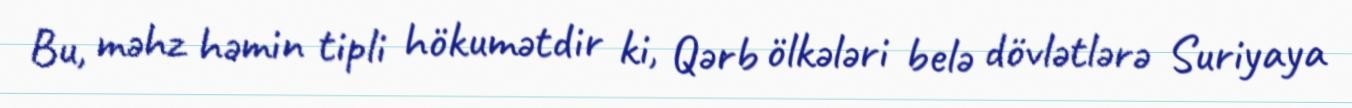
Bu, məhz həmin tipli hökumətdir ki, Qərb ölkələri belə dövlətlərə Suriyaya